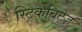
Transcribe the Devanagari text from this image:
स्टिकबिट्ज़